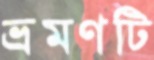
ভ্রমণটি